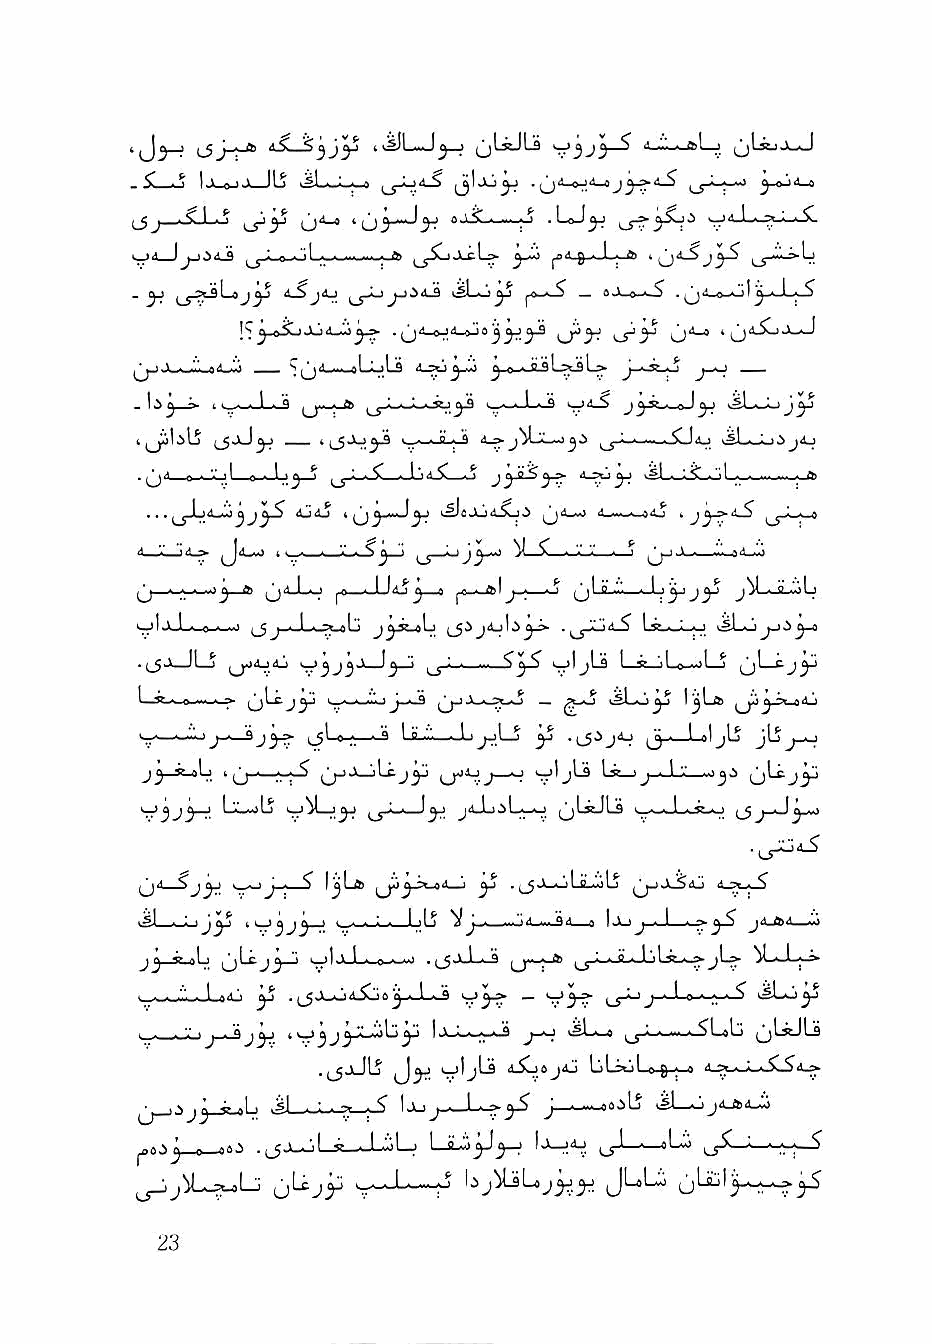
^jLisJLa  ^ j -"■. >1—j (jLij,i_J
 .5^ O l-l-o-ljl llS ,_j-Lj4_S ijljjjJ .^<1_OJ-S_0
 ^j_..'C.l ^ 0^           I-S .LoJ^
 IJil I ^^jJ.-»-.oL.-....i.i...;,ftl -LcL» J ■ I ■ ftl
 . ^        j^j               — fli.V.o *>S .
 !5j>-»5uJL)A-i^^^ . A_frjii-oj8^^^ 0^
 ^1.1 ■ ..1 .'A C^.1 ,1 : .1 tt ^_e-iJuLajL> J ■ Jt-.-j j—^
 ^''j ~ 1 .__J_^ ■_&!  t_.-^Li-S j j*• ■ 0 I j r
 J Q . 1 ^
 d.^u ySL
 . . .        k ^j ly
 t      ^-J      ^1 ? * V V J V ■ ad-Jo
 ^ 0, ^ A ^ ft> ^d—Lo ^0 ■'..! .Iaj ^ iifl 10 ' J-; *^ ^1 P »'■ » 1 1 ^ » 9 .oLj
 olj^ 1 * 0 « ..1 ^                Ia^Lo ^siuKj
 ljIjLs Ls— j
 I      (j'-'jr S ■r■-'■^mJ>-3 (>- ^ 1I ^aL LJj^^ . Jj ^* 1^^ 00 *d^ j)*
 '>-«»»»iiijj * 0 * « ^ I P •>• -.Li^LS ^ ^ » 1 oljlS jb^-a
 \j1jU La_.
 Ll^LS          jaJu.^L^-o ^Ls&JLd ^j—
 U'^ ^Jj»' J - ^        ^   J_0LflJdLj 4-5t-i-$
 ■ ^J ■- ■■ ** 1^ k k_i a I I■ <*■1 ^' V^ j^1 *■_'»«--i.• !ia>«'<L—-• ,.-ad—0 IIJjllJj J1 *» 11 kM 'y j-3 Ji<d.1^d_.|.>
 — V3^   J . 1 0 ' > ■ '^ kSLo^
 Ij-L— j-o jL-»  ^^LjLj ^L«JLs
 .j^jJlj (J^, >—lijLs li-SljojAj LiLstjl 0 8 ; »
 1j->j..—L^^ j-^^ocU vsL-^jA-aa-Ci
 -tj-uJiLi!—, I ..-L LLip^ I^AJ ^j-L^oL^